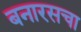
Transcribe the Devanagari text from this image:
बनारसचा